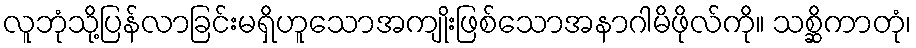
လူဘုံသို့ပြန်လာခြင်းမရှိဟူသောအကျိုးဖြစ်သောအနာဂါမိဖိုလ်ကို။ သစ္ဆိကာတုံ၊